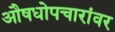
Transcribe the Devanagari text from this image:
औषधोपचारांवर